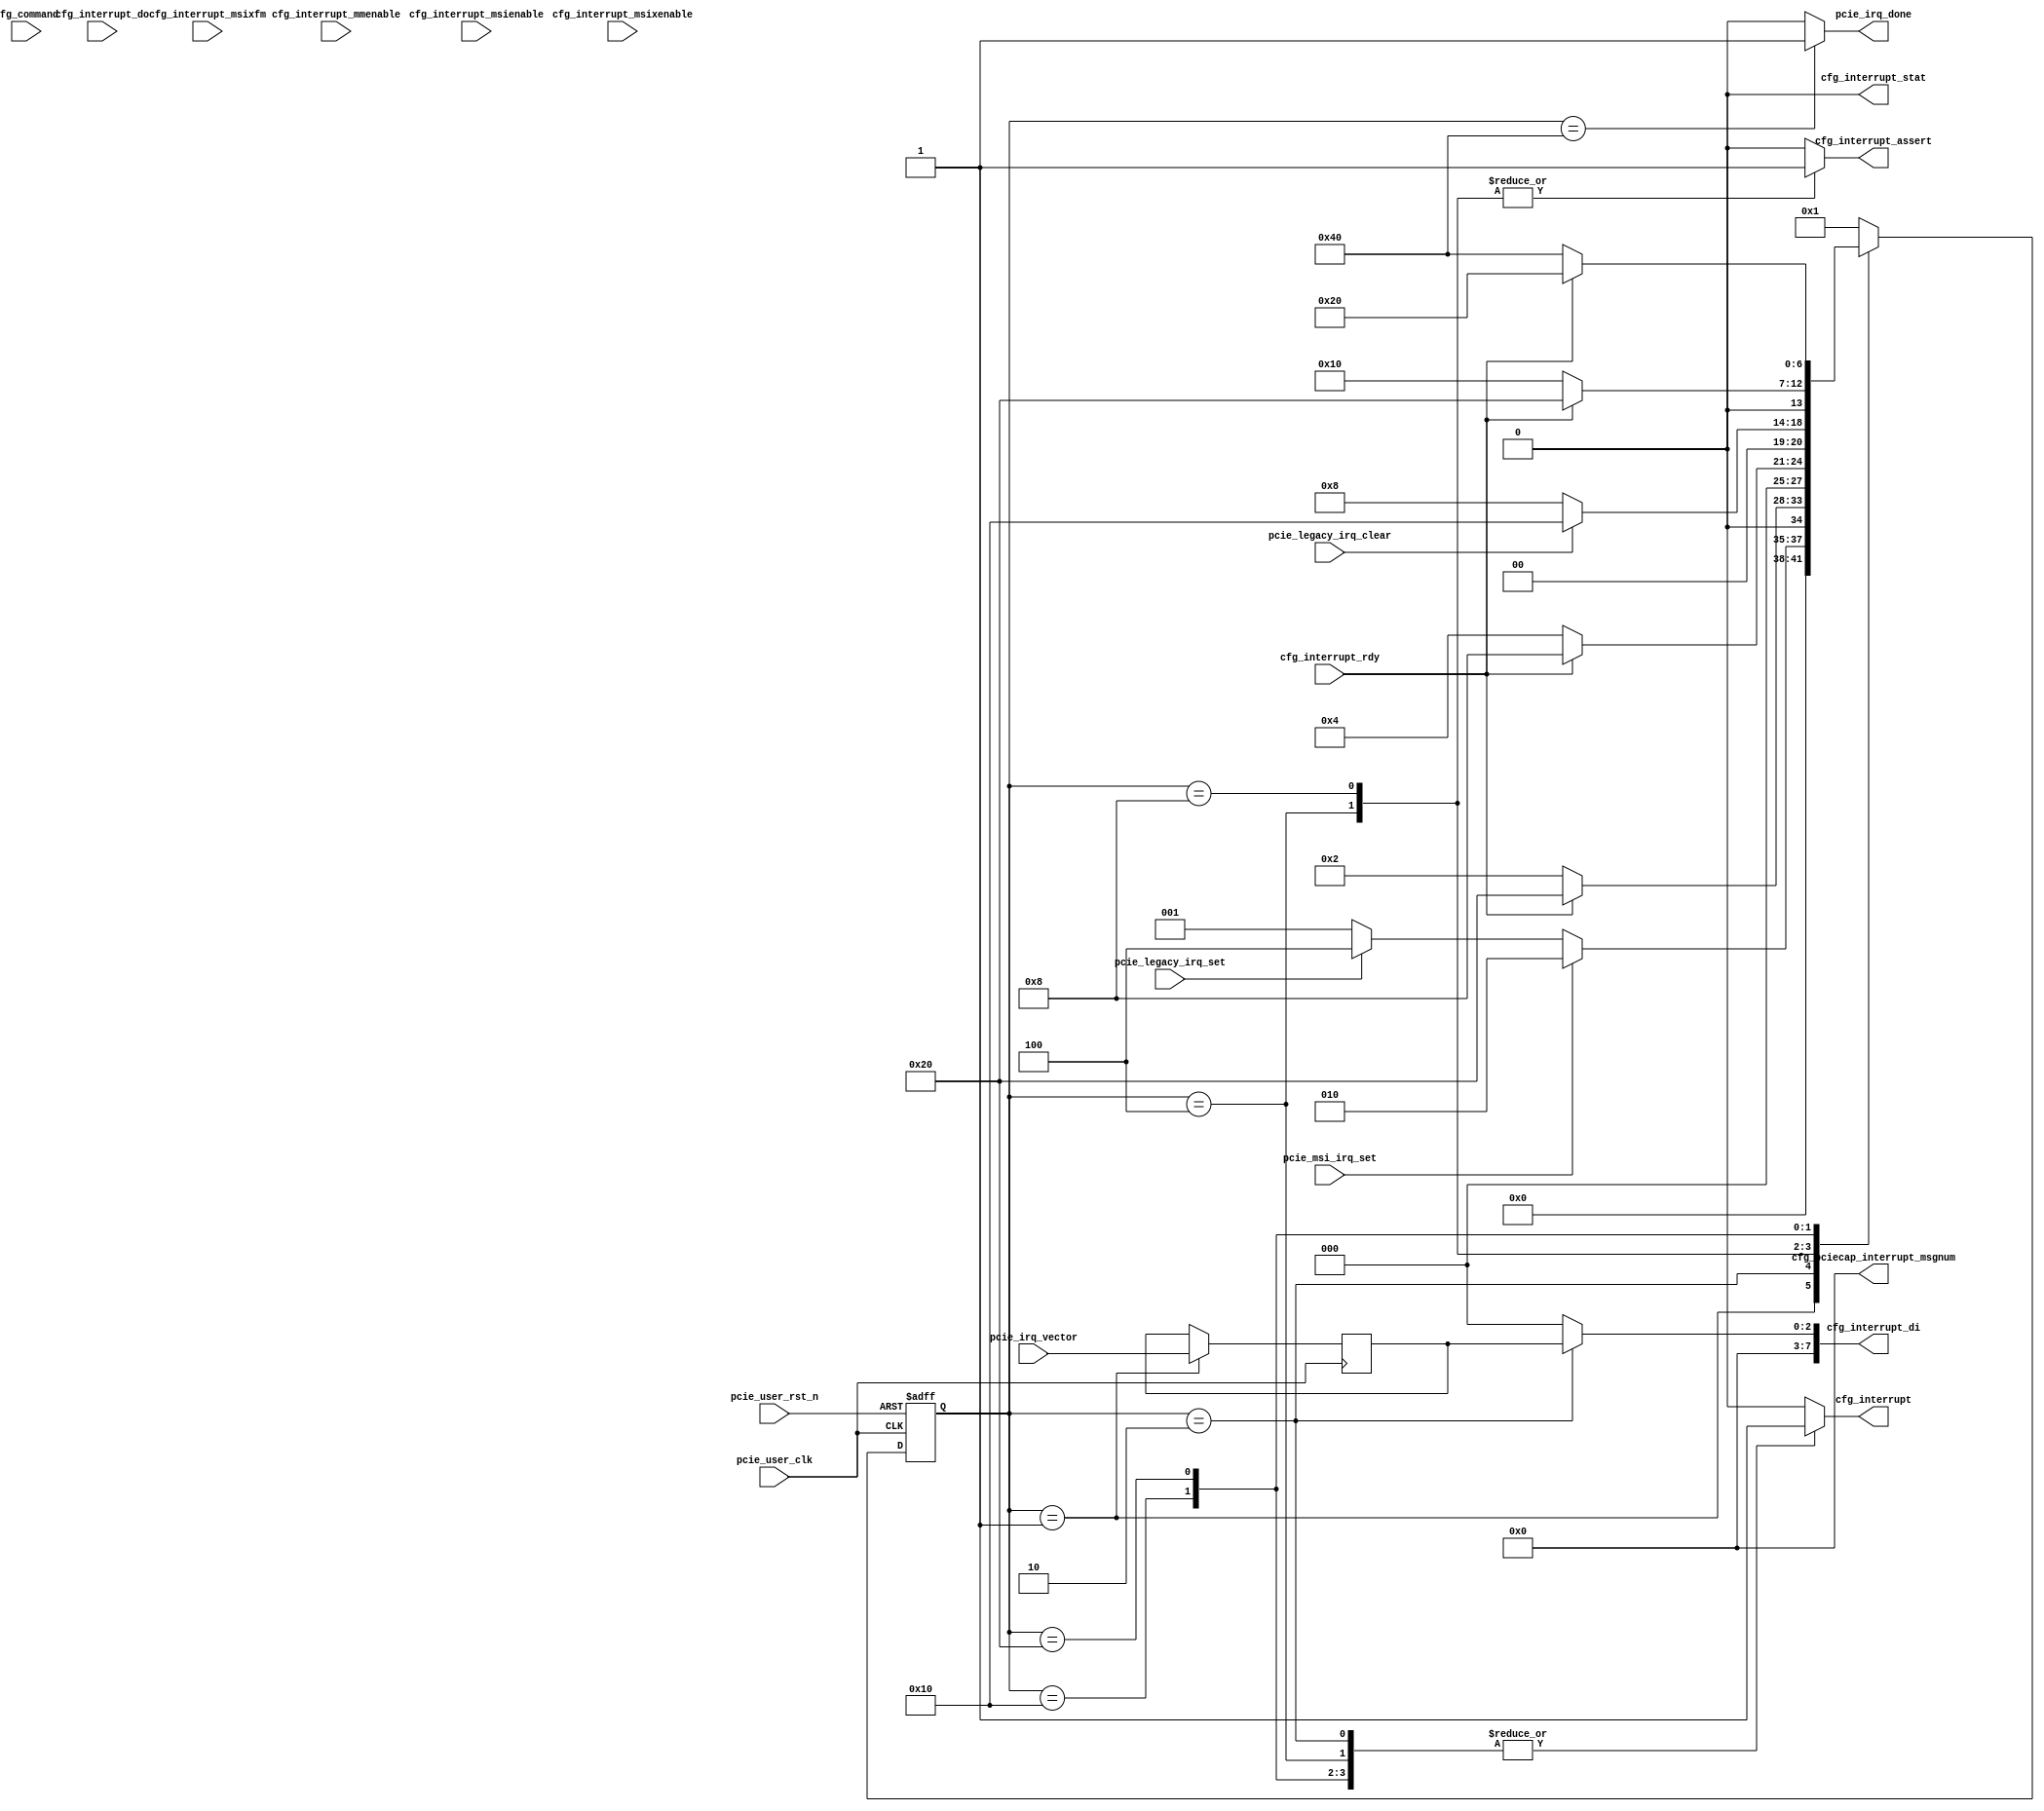
module pcie_irq_gen # (
	parameter	C_PCIE_DATA_WIDTH			= 128,
	parameter	C_PCIE_ADDR_WIDTH			= 36
)
(
	input									pcie_user_clk,
	input									pcie_user_rst_n,

	input	[15:0]							cfg_command,
	output									cfg_interrupt,
	input									cfg_interrupt_rdy,
	output									cfg_interrupt_assert,
	output	[7:0]							cfg_interrupt_di,
	input	[7:0]							cfg_interrupt_do,
	input	[2:0]							cfg_interrupt_mmenable,
	input									cfg_interrupt_msienable,
	input									cfg_interrupt_msixenable,
	input									cfg_interrupt_msixfm,
	output									cfg_interrupt_stat,
	output	[4:0]							cfg_pciecap_interrupt_msgnum,

	input									pcie_legacy_irq_set,
	input									pcie_msi_irq_set,
	input	[2:0]							pcie_irq_vector,
	input									pcie_legacy_irq_clear,
	output									pcie_irq_done
);

localparam	S_IDLE							= 7'b0000001;
localparam	S_SEND_MSI						= 7'b0000010;
localparam	S_LEGACY_ASSERT					= 7'b0000100;
localparam	S_LEGACY_ASSERT_HOLD			= 7'b0001000;
localparam	S_LEGACY_DEASSERT				= 7'b0010000;
localparam	S_WAIT_RDY_N					= 7'b0100000;
localparam	S_IRQ_DONE						= 7'b1000000;



reg		[6:0]								cur_state;
reg		[6:0]								next_state;

reg											r_cfg_interrupt;
reg											r_cfg_interrupt_assert;
reg		[7:0]								r_cfg_interrupt_di;

reg		[2:0]								r_pcie_irq_vector;
reg											r_pcie_irq_done;

assign cfg_interrupt = r_cfg_interrupt;
assign cfg_interrupt_assert = r_cfg_interrupt_assert;
assign cfg_interrupt_di = r_cfg_interrupt_di;

assign cfg_interrupt_stat = 1'b0;
assign cfg_pciecap_interrupt_msgnum = 5'b0;

assign pcie_irq_done = r_pcie_irq_done;

always @ (posedge pcie_user_clk or negedge pcie_user_rst_n)
begin
	if(pcie_user_rst_n == 0)
		cur_state <= S_IDLE;
	else
		cur_state <= next_state;
end

always @ (*)
begin
	case(cur_state)
		S_IDLE: begin
			if(pcie_msi_irq_set == 1)
				next_state <= S_SEND_MSI;
			else if(pcie_legacy_irq_set == 1)
				next_state <= S_LEGACY_ASSERT;
			else
				next_state <= S_IDLE;
		end
		S_SEND_MSI: begin
			if(cfg_interrupt_rdy == 1)
				next_state <= S_WAIT_RDY_N;
			else
				next_state <= S_SEND_MSI;
		end
		S_LEGACY_ASSERT: begin
			if(cfg_interrupt_rdy == 1)
				next_state <= S_LEGACY_ASSERT_HOLD;
			else
				next_state <= S_LEGACY_ASSERT;
		end
		S_LEGACY_ASSERT_HOLD: begin
			if(pcie_legacy_irq_clear == 1)
				next_state <= S_LEGACY_DEASSERT;
			else
				next_state <= S_LEGACY_ASSERT_HOLD;
		end
		S_LEGACY_DEASSERT: begin
			if(cfg_interrupt_rdy == 1)
				next_state <= S_WAIT_RDY_N;
			else
				next_state <= S_LEGACY_DEASSERT;
		end
		S_WAIT_RDY_N: begin
			if(cfg_interrupt_rdy == 0)
				next_state <= S_IRQ_DONE;
			else
				next_state <= S_WAIT_RDY_N;
		end
		S_IRQ_DONE: begin
			next_state <= S_IDLE;
		end
		default: begin
			next_state <= S_IDLE;
		end
	endcase
end


always @ (posedge pcie_user_clk)
begin
	case(cur_state)
		S_IDLE: begin
			r_pcie_irq_vector <= pcie_irq_vector;
		end
		S_SEND_MSI: begin

		end
		S_LEGACY_ASSERT: begin

		end
		S_LEGACY_ASSERT_HOLD: begin

		end
		S_LEGACY_DEASSERT: begin

		end
		S_WAIT_RDY_N: begin

		end
		S_IRQ_DONE: begin

		end
		default: begin

		end
	endcase
end

always @ (*)
begin
	case(cur_state)
		S_IDLE: begin
			r_cfg_interrupt <= 0;
			r_cfg_interrupt_assert <= 0;
			r_cfg_interrupt_di <= 0;
			r_pcie_irq_done <= 0;
		end
		S_SEND_MSI: begin
			r_cfg_interrupt <= 1;
			r_cfg_interrupt_assert <= 0;
			r_cfg_interrupt_di <= {5'b0, r_pcie_irq_vector};
			r_pcie_irq_done <= 0;
		end
		S_LEGACY_ASSERT: begin
			r_cfg_interrupt <= 1;
			r_cfg_interrupt_assert <= 1;
			r_cfg_interrupt_di <= 0;
			r_pcie_irq_done <= 0;
		end
		S_LEGACY_ASSERT_HOLD: begin
			r_cfg_interrupt <= 0;
			r_cfg_interrupt_assert <= 1;
			r_cfg_interrupt_di <= 0;
			r_pcie_irq_done <= 0;
		end
		S_LEGACY_DEASSERT: begin
			r_cfg_interrupt <= 1;
			r_cfg_interrupt_assert <= 0;
			r_cfg_interrupt_di <= 0;
			r_pcie_irq_done <= 0;
		end
		S_WAIT_RDY_N: begin
			r_cfg_interrupt <= 1;
			r_cfg_interrupt_assert <= 0;
			r_cfg_interrupt_di <= 0;
			r_pcie_irq_done <= 0;
		end
		S_IRQ_DONE: begin
			r_cfg_interrupt <= 0;
			r_cfg_interrupt_assert <= 0;
			r_cfg_interrupt_di <= 0;
			r_pcie_irq_done <= 1;
		end
		default: begin
			r_cfg_interrupt <= 0;
			r_cfg_interrupt_assert <= 0;
			r_cfg_interrupt_di <= 0;
			r_pcie_irq_done <= 0;
		end
	endcase
end

endmodule